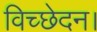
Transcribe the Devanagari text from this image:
विच्छेदन।